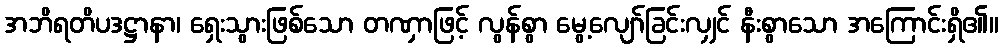
အဘိရတိပဒဋ္ဌာနာ၊ ရှေးသွားဖြစ်သော တဏှာဖြင့် လွန်စွာ မွေ့လျော်ခြင်းလျှင် နီးစွာသော အကြောင်းရှိ၏။